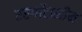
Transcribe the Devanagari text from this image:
एरगॉटामीन